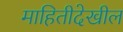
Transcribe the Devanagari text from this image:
माहितीदेखील